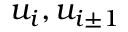
u _ { i } , u _ { i \pm 1 }